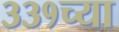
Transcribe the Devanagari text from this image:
३३१च्या